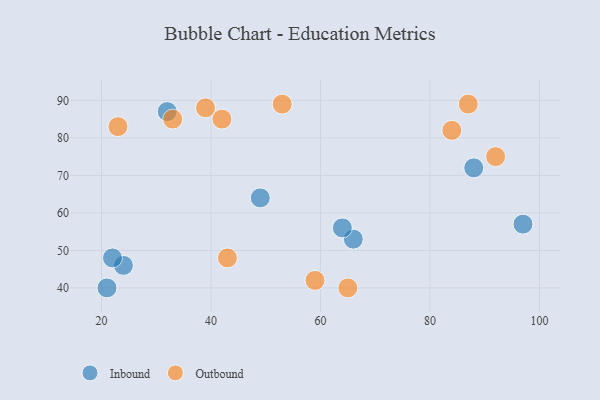
{"axis": {"x": "GDP", "y": "Life Expectancy"}, "legend": ["Inbound", "Outbound"], "data": [{"x": "24", "y": 46, "type": "Inbound"}, {"x": "66", "y": 53, "type": "Inbound"}, {"x": "97", "y": 57, "type": "Inbound"}, {"x": "64", "y": 56, "type": "Inbound"}, {"x": "88", "y": 72, "type": "Inbound"}, {"x": "49", "y": 64, "type": "Inbound"}, {"x": "21", "y": 40, "type": "Inbound"}, {"x": "22", "y": 48, "type": "Inbound"}, {"x": "32", "y": 87, "type": "Inbound"}, {"x": "39", "y": 88, "type": "Outbound"}, {"x": "43", "y": 48, "type": "Outbound"}, {"x": "42", "y": 85, "type": "Outbound"}, {"x": "23", "y": 83, "type": "Outbound"}, {"x": "53", "y": 89, "type": "Outbound"}, {"x": "33", "y": 85, "type": "Outbound"}, {"x": "59", "y": 42, "type": "Outbound"}, {"x": "87", "y": 89, "type": "Outbound"}, {"x": "92", "y": 75, "type": "Outbound"}, {"x": "84", "y": 82, "type": "Outbound"}, {"x": "65", "y": 40, "type": "Outbound"}]}